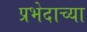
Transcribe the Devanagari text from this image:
प्रभेदाच्या